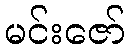
မင်းဇော်